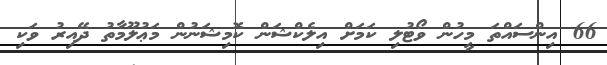
66 އިންސައްތަ މީހުން ވޯޓުލި ކަމަށް އިލެކްޝަން ކޮމިޝަނުން މަޢުލޫމާތު ދޭއިރު ވަކި